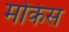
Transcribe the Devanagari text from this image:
मोंकेस